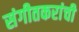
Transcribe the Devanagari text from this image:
संगीतकरांची